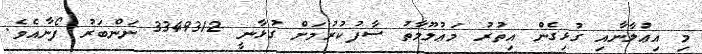
މި އިޢުލާނާއި ގުޅިގެން އިތުރު މަޢުލޫމާތު ސާފުކުރުމަށް ގުޅާނީ 3349312 ނަންބަރު ފޯނާއެވެ.